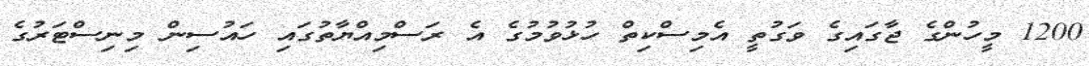
1200 މީހުންގެ ޖާގައިގެ ވަގުތީ އެމިސްކިތް ހުޅުވުމުގެ އެ ރަސްމިއްޔާތުގައި ހައުސިން މިނިސްޓަރުގެ